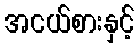
အငယ်စားနှင့်